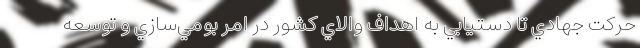
حركت جهادي تا دستيابي به اهداف والاي كشور در امر بومي‌سازي و توسعه